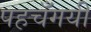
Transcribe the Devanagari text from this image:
पहचँगयी